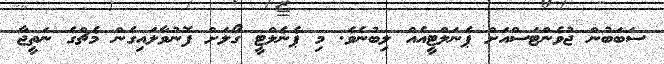
ސަބަބުން ޖުވެންޓަސްއަށް ޕެނަލްޓީއެއް ލިބުނެވެ. މި ޕެނެލްޓީ ގޯލަށް ފޮނުވާލައިގެން މެޗްގެ ނަތީޖާ